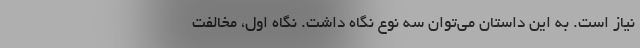
نیاز است. به این داستان می‌توان سه نوع نگاه داشت. نگاه اول، مخالفت